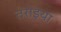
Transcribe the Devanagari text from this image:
तराइया